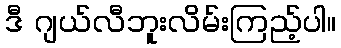
ဒီ ဂျယ်လီဘူးလိမ်းကြည့်ပါ။